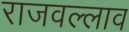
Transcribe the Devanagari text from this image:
राजवल्लाव